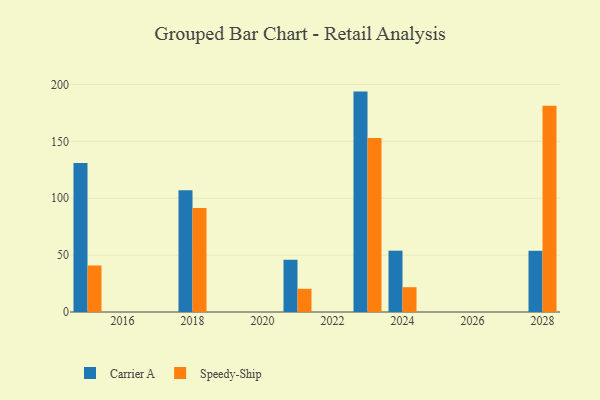
{"axis": {"x": "Year", "y": "Population (Million)"}, "legend": ["Carrier A", "Speedy-Ship"], "data": [{"x": "2028", "y": 53.8, "type": "Carrier A"}, {"x": "2028", "y": 181.2, "type": "Speedy-Ship"}, {"x": "2021", "y": 45.9, "type": "Carrier A"}, {"x": "2021", "y": 20.4, "type": "Speedy-Ship"}, {"x": "2015", "y": 130.9, "type": "Carrier A"}, {"x": "2015", "y": 40.9, "type": "Speedy-Ship"}, {"x": "2018", "y": 107.1, "type": "Carrier A"}, {"x": "2018", "y": 91.5, "type": "Speedy-Ship"}, {"x": "2023", "y": 193.7, "type": "Carrier A"}, {"x": "2023", "y": 152.9, "type": "Speedy-Ship"}, {"x": "2024", "y": 53.9, "type": "Carrier A"}, {"x": "2024", "y": 21.8, "type": "Speedy-Ship"}]}